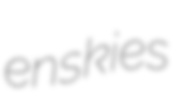
enskies